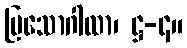
ပြသောဂါထာ၊ ဋ္ဌ-၄။